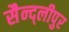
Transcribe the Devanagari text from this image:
सैन्द्लीपुर